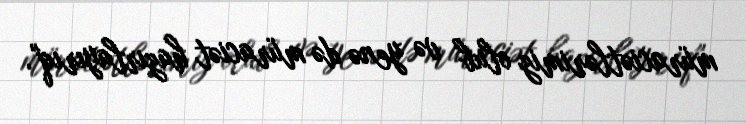
müraciətlərimiz olub və yenə də müraciət hazırlayırıq".